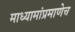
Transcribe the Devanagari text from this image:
माध्यामांप्रमाणेच